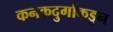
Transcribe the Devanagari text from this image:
कनकदुर्गाकडून